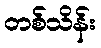
တစ်သိန်း